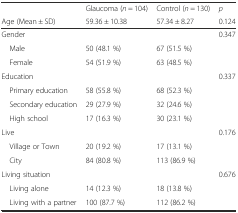
<table><thead><tr><td></td><td><b>Glaucoma (<i>n</i> = 104)</b></td><td><b>Control (<i>n</i> = 130)</b></td><td><b><i>p</i></b></td></tr><tr><td><b>Age (Mean ± SD)</b></td><td><b>59.36 ± 10.38</b></td><td><b>57.34 ± 8.27</b></td><td><b>0.124</b></td></tr></thead><tbody><tr><td>Gender</td><td></td><td></td><td>0.347</td></tr><tr><td> Male</td><td>50 (48.1 %)</td><td>67 (51.5 %)</td><td rowspan="2"></td></tr><tr><td> Female</td><td>54 (51.9 %)</td><td>63 (48.5 %)</td></tr><tr><td>Education</td><td></td><td></td><td>0.337</td></tr><tr><td> Primary education</td><td>58 (55.8 %)</td><td>68 (52.3 %)</td><td></td></tr><tr><td> Secondary education</td><td>29 (27.9 %)</td><td>32 (24.6 %)</td><td></td></tr><tr><td> High school</td><td>17 (16.3 %)</td><td>30 (23.1 %)</td><td></td></tr><tr><td>Live</td><td></td><td></td><td>0.176</td></tr><tr><td> Village or Town</td><td>20 (19.2 %)</td><td>17 (13.1 %)</td><td rowspan="2"></td></tr><tr><td> City</td><td>84 (80.8 %)</td><td>113 (86.9 %)</td></tr><tr><td>Living situation</td><td></td><td></td><td>0.676</td></tr><tr><td> Living alone</td><td>14 (12.3 %)</td><td>18 (13.8 %)</td><td rowspan="2"></td></tr><tr><td> Living with a partner</td><td>100 (87.7 %)</td><td>112 (86.2 %)</td></tr></tbody></table>